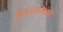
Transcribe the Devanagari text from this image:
किल्लियांवाली